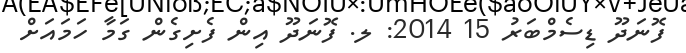
ފޮނަދޫ ޑިސެމްބަރު 15 2014: ލ. ފޮނަދޫ އިން ފެށިގެން ގަމާ ހަމައަށް